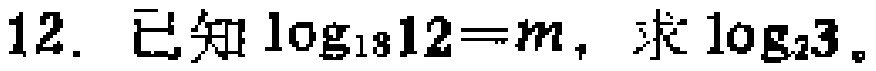
12. 已知\(\log_{18}12 = m\)，求\(\log_{2}3\)。